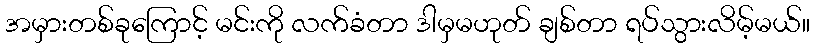
အမှားတစ်ခုကြောင့် မင်းကို လက်ခံတာ ဒါမှမဟုတ် ချစ်တာ ရပ်သွားလိမ့်မယ်။